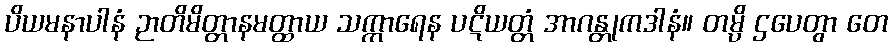
ပိယမနာပါနံ ဉာတိမိတ္တာနမတ္ထာယ သက္ကာရေန ပဋိယတ္တံ အာဂန္တုကဒါနံ။ တမ္ပိ ဌပေတွာ တေ